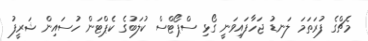
މެޗްގެ ފުރަތަމަ ލަނޑު ޖަހާފައިވަނީ ގޯޅި ސްޕޯޓްސް ކުލަބުގެ ކެޕްޓަން ހުސައިން ޝަރީފު